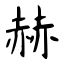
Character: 赫